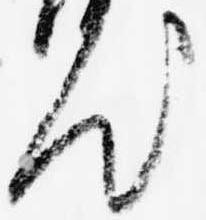
汰